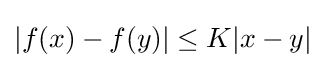
|f(x)-f(y)|\leq K|x-y|